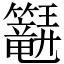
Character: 𬖆